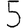
Digit: 5